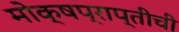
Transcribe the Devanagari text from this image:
मोक्षप्राप्तीची